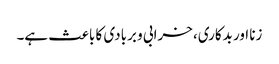
زنا اور بدکاری، خرابی و بربادی کا باعث ہے۔